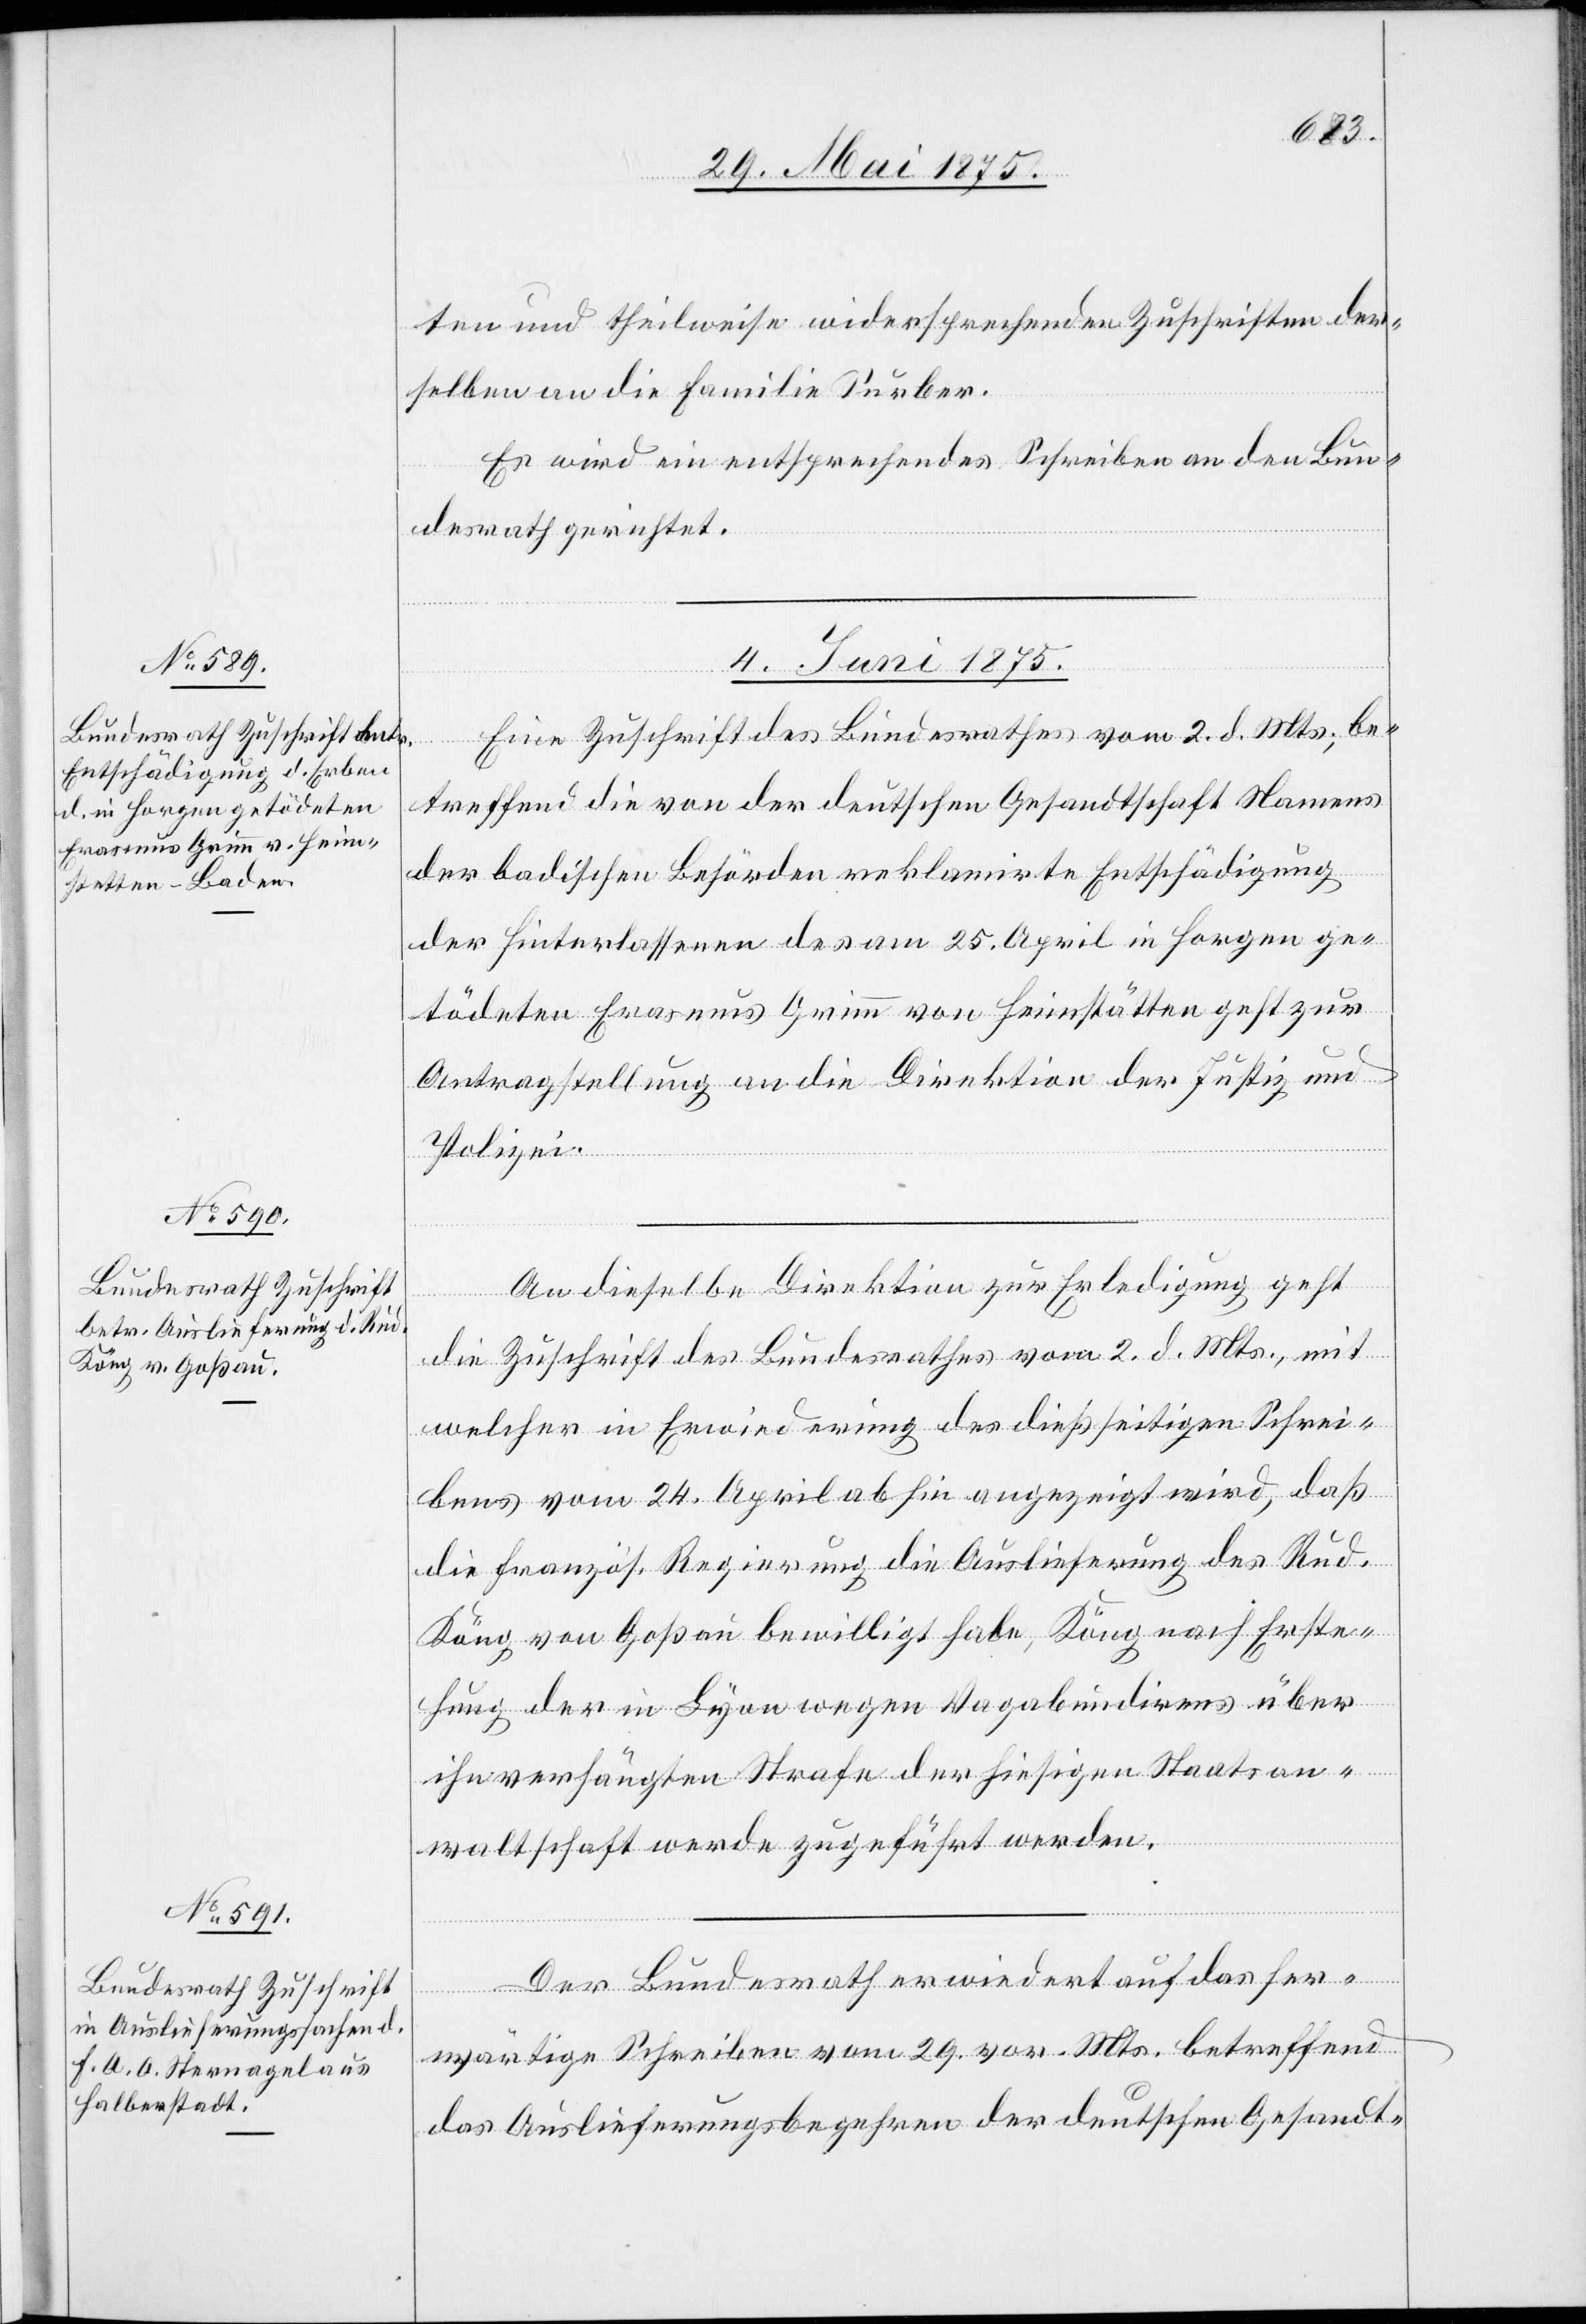
ten und theilweise wiedersprechenden Zuschriften der¬
selben an die Familie Surber.
Es wird ein entsprechendes Schreiben an den Bun¬
desrath gerichtet.
ungen.
4. Juni 1875.]
rfüg¬
Eine Zuschrift des Bundesrathes vom 2. d. Mts., be¬
treffend die von der deutschen Gesandtschaft Namens
der badischen Behörden reklamirte Entschädigung
der Hinterlassenen des am 25. April in Horgen ge¬
tödeten Erasmus Grimm von Heimstätten geht zur
Antragstellung an die Direktion der Justiz und
Polizei.
An dieselbe Direktion zur Erledigung geht
[Pr¬
die Zuschrift des Bundesrathes vom 2. d. Mts., mit
welcher in Erwiederung des dießseitigen Schrei¬
bens vom 24. April abhin angezeigt wird, daß
die französ. Regierung die Auslieferung des Rud.
Köng von Goßau bewilligt habe, Köng nach Erste¬
hung der in Lyon wegen Vagabundirens über
ihn verhängten Strafe der hiesigen Staatsan¬
waltschaft werde zugeführt werden.
Der Bundesrath erwiedert auf das her¬
wärtige Schreiben vom 29. vor. Mts. betreffen¬
d Auslieferungsbegehren der deutschen Gesandt-